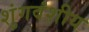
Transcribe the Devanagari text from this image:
शुंगवंशीय